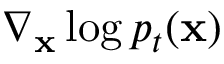
\nabla _ { \mathbf { x } } \log p _ { t } ( \mathbf { x } )